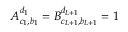
A _ { c _ { 1 } , b _ { 1 } } ^ { d _ { 1 } } = B _ { c _ { L + 1 } , b _ { L + 1 } } ^ { d _ { L + 1 } } = 1